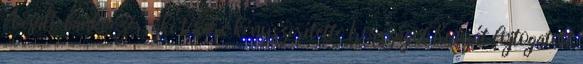
A csaló bankvezér, aki térdre kényszerítette Írországot Kutyát fojtogatott